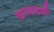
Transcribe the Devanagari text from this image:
द्यावयची